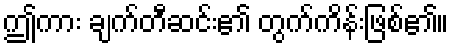
ဤကား ချက်တီဆင်း၏ တွက်ကိန်းဖြစ်၏။